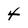
Character: 4